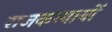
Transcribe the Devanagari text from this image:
राजकन्यायों